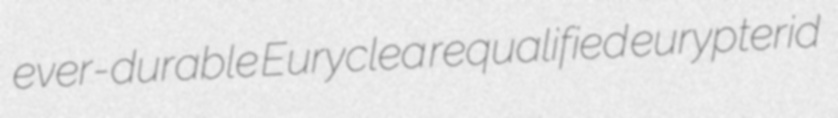
ever-durable Euryclea requalified eurypterid